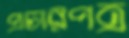
প্রচারপত্র